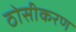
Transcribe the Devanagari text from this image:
ठोसीकरण